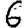
Digit: 6